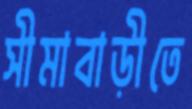
সীমাবাড়ীতে